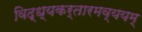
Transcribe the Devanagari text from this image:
विद्ध्यकर्तारमव्ययम्‌